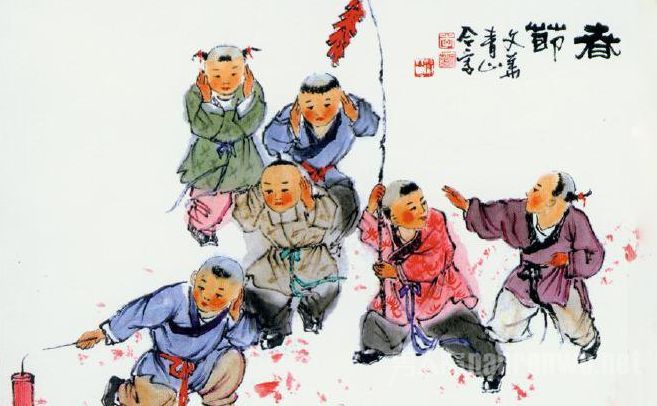
陪都歌舞迎佳节，遥祝延安景物华。